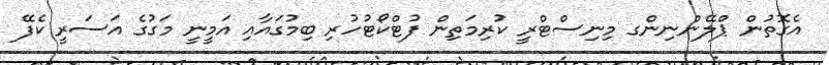
އެގޮތުން ޕްލޭންނިންގ މިނިސްޓްރީ ކުރިމަތިން ފުޓްކޯޓުހުރި ބިމުގައާއި އަމީނީ މަގުގެ އަސަރީ ކެފޭ